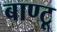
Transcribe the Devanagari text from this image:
बाण्टू